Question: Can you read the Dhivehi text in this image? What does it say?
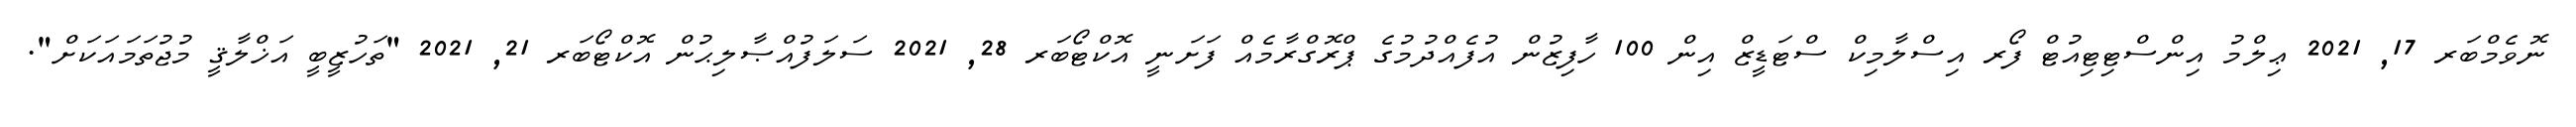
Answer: ނޮވެމްބަރ 17, 2021 ޢިލްމު އިންސްޓިޓިއުޓް ފޯރ އިސްލާމިކް ސްޓަޑީޒް އިން 100 ހާފިޒުން އުފެއްދުމުގެ ޕްރޮގްރާމެއް ފަށަނީ އޮކްޓޯބަރ 28, 2021 ސަލަފުއްޞާލިޙުން އޮކްޓޯބަރ 21, 2021 "ތަހުޒީބީ އަޚްލާޤީ މުޖުތަމައަކަށް".